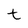
Character: t